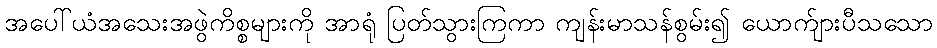
အပေါ်ယံအသေးအဖွဲကိစ္စများကို အာရုံ ပြတ်သွားကြကာ ကျန်းမာသန်စွမ်း၍ ယောက်ျားပီသသော